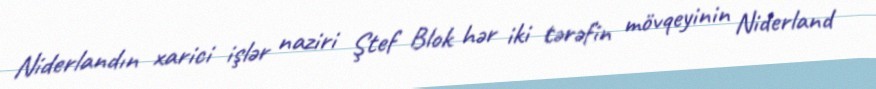
Niderlandın xarici işlər naziri Ştef Blok hər iki tərəfin mövqeyinin Niderland